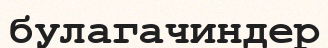
булагачиндер